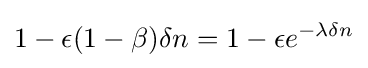
1-\epsilon (1-\beta )\delta n=1-\epsilon e^{-\lambda \delta n}